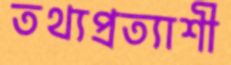
তথ্যপ্রত্যাশী